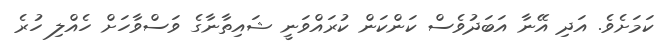
ކަމަށެވެ. އަދި އޭނާ އަބަދުވެސް ކަންކަން ކުރައްވަނީ ޝައިތާނާގެ ވަސްވާހަށް ހެއްލި ހުރެ